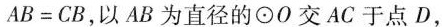
$$AB=CB$$，以AB为直径的⊙O交AC于点D，